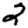
Digit: 2